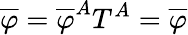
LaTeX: \overline{{{\varphi}}}=\overline{{{\varphi}}}^{A}T^{A}=\overline{{{\varphi}}}